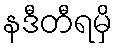
နဒီတီရမှိ